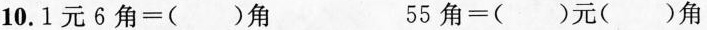
10. $$1 元 6 角 = ( ) 角$$ $$5 5 角 = ( ) 元 ( ) 角$$